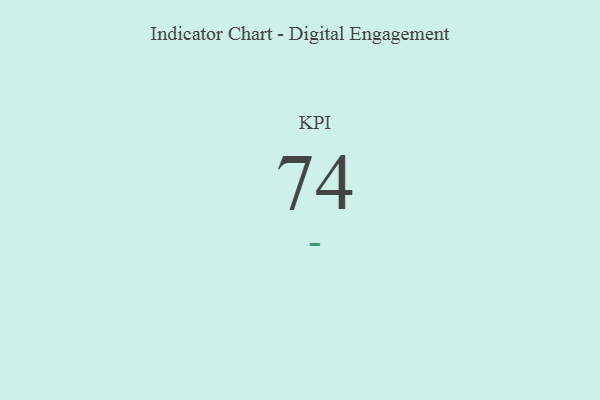
{"axis": {"x": "KPI", "y": "Value"}, "legend": [""], "data": [{"x": "KPI", "y": 74, "type": ""}]}